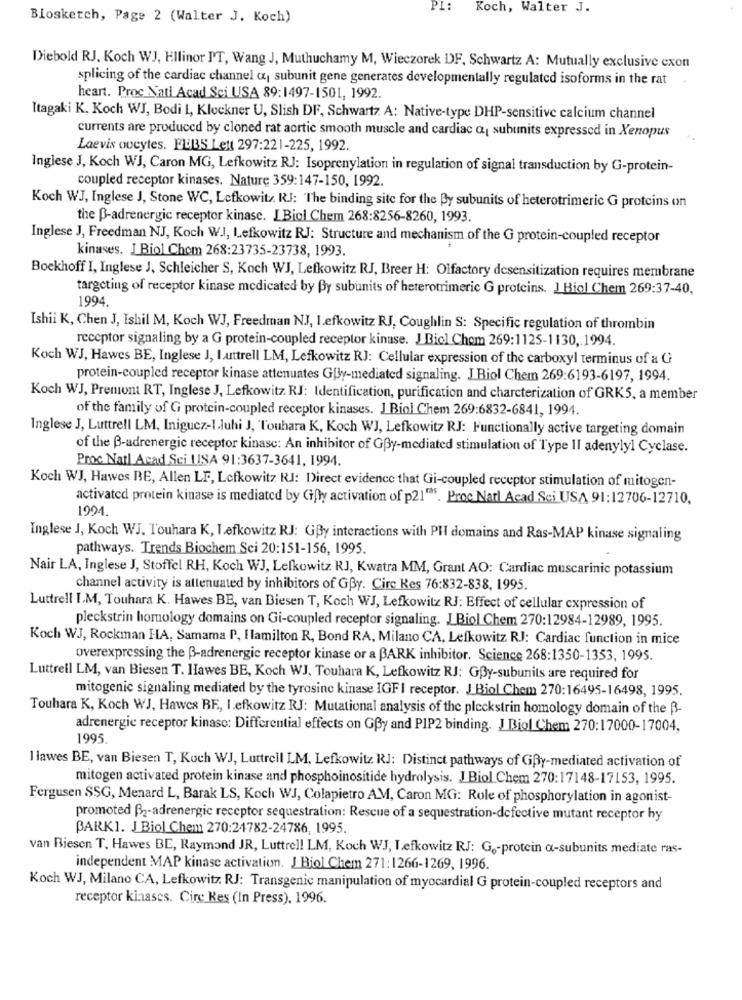
PL:
Koch, Walter J.
Blosketch, Page 2 (Walter J. Koch)
Diebold RJ, Koch WJ, Ellinor PT, Wang J, Muthuchamy M, Wieczorek DF, Schwartz A: Mutually exclusive exon
splicing of the cardiac channel a subunit gene generates developmentally regulated isoforms in the rat
heart. Proc Natl Acad Sci USA 89:1497-1501, 1992.
Itagaki K, Koch WJ, Bodi 1, Klockner U, Slish DF, Schwartz. A: Native-type DHP-sensitive calcium channel
currents are produced by cloned rat aortic smooth muscle and cardiac a1 subunits expressed in Xenopus
Laevis oucytes. FIBS Lett 297:221-225, 1992.
Inglese J, Koch WJ, Caron MG, Lefkowitz RJ: Isoprenylation in regulation of signal transduction by G-protein-
coupled receptor kinases. Nature 359:147-150, 1992.
Koch WJ, Inglese J, Stone WC, Lefkowitz. R.J: The binding site for the By subunits of heterotrimeric G proteins on
the B-adrenergic receptor kinasc. L Biol Chem 268:8256-8260, 1993.
Inglese J, Freedman NJ, Koch W.J, Lefkowitz RJ: Structure and mechanism of the G protein-coupled receptor
kinases. J Biol Chom 268:23735-23738, 1993.
Boekhoff I, Inglese J, Schleicher S, Koch WJ, Lefkowitz RJ, Breer H: Olfactory desensitization requires membrane
targeting of receptor kinase medicated by By subunits of heterotrimeric G proteins. J Biol Chem 269:37-40,
1994.
Ishii K, Chen J, Ishil M, Koch WJ, Freedman NJ, lefkowitz RJ, Coughlin S: Specific regulation of thrombin
receptor signaling by a G protein-coupled receptor kinase. J Biol Chom 269:1125-1130, 1994.
Koch WJ, Hawes BE, Inglese J, Lanttrell LM, Lefkowitz RJ: Cellular expression of the carboxyl terminus of a G
protein-coupled receptor kinase attenuates Gfly-mediated signaling. J Biol Chem 269:6193-6197, 1994.
Koch WJ, Premont RT, Inglese J, Lefkowitz RJ: Identification, purification and charcterization of GRK5, a member
of the family of G protein-coupled receptor kinases. J Biol Chem 269:6832-6841, 1994.
Inglese J, Luttrell LM, Inigucz-Lluhi J, Touhara K, Koch WJ, Lefkowitz RJ: Functionally active targeting domain
of the B-adrenergic receptor kinasc: An inhibitor of GBy-mediated stimulation of Type II adenylyl Cyclase.
Proc Natl Acad Sci USA 91:3637-3641, 1994.
Koch WJ, Hawes BE, Allen LF, Lefkowitz RJ: Direct evidence that Gi-coupled receptor stimulation of mitogen-
activated protein kinase is mediated by Gifty activation of p21"ªs. Proc Natl Acad Sci USA 91:12706-12710.
1994.
Inglese J, Koch WJ. Touhara K, Lefkowitz RJ: GBy interactions with PH domains and Ras-MAP kinase signaling
pathways. Trends Biochem Sci 20:151-156, 1995.
Nair LA, Inglese J, Stoffel RH, Koch WJ, Lefkowitz RJ, Kwatra MM, Grant AO: Cardiac muscarinic potassium
channel activity is attenuated by inhibitors of GBy. Cire Kes 76:832-838, 1995.
Luttrell I.M, Touhara K. Hawes BB, van Biesen T, Koch WJ, Lefkowitz RJ: Effect of cellular expression of
pleckstrin homology domains on Gi-coupled receptor signaling. J Biol Chem 270:12984-12989, 1995.
Koch WJ, Rockman HA, Samama P, Hamilton R, Bond RA, Milano CA, Lefkowitz RJ: Cardiac function in mice
overexpressing the B-adrenergie receptor kinase or a BARK inhibitor. Science 268:1350-1353, 1995.
Luttrell LM, van Biesen T. Hawes BE, Koch WJ, Touhara K, Lefkowitz RJ: Goy-subunits are required for
mitogenic signaling mediated by the tyrosine kinase IGF I receptor. J Biol Chem 270:16495-16498, 1995.
Touhara K, Koch WJ, Hawes BE, I.efkowitz RJ: Mutational analysis of the pleckstrin homology domain of the B-
adrenergie receptor kinaso: Differential effects on GBy and PIP2 binding. J Biol Chem 270:17000-17004,
1995
1 lawes BE, van Biesen T, Koch WJ, Luttrell LM, Lefkowitz RJ: Distinct pathways of GDy-mediated activation of
mitogen activated protein kinase and phosphoinositide hydrolysis. J Biol Chem 270:17148-17153, 1995.
Fergusen SSG, Menard L, Barak LS, Koch WJ, Colapietro AM, Caron MG: Role of phosphorylation in agonist-
promoted B2-adrenergic receptor sequestration: Rescue of a sequestration-defective mutant receptor hy
BARK1. J Biol Chem 270:24782-24786, 1995.
van Biesen T. Hawes BE, Raymond JR, Luttrell LM, Koch WJ, Lefkowitz RJ: G .- protein a-subunits mediate ras-
independent MAP kinase activation. J Biol Chem 271:1266-1269, 1996.
Koch WJ, Milano CA, Lefkowitz. RJ: Transgenic manipulation of myocardial G protein-coupled receptors and
receptor kinases. Cire Kes (In Press), 1996.